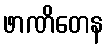
ဖာဏိတေန